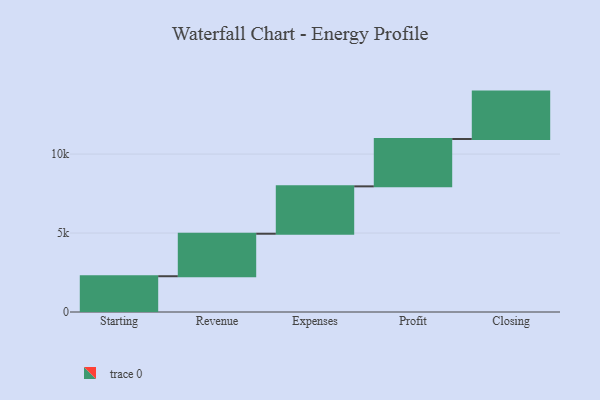
{"axis": {"x": "Step", "y": "Value"}, "legend": [""], "data": [{"x": "Starting", "y": 2265.0, "type": ""}, {"x": "Revenue", "y": 2691.0, "type": ""}, {"x": "Expenses", "y": 3000, "type": ""}, {"x": "Profit", "y": 3000, "type": ""}, {"x": "Closing", "y": 3000, "type": ""}]}